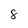
Character: 8